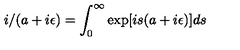
i / ( a + i \epsilon ) = \int _ { 0 } ^ { \infty } \exp [ i s ( a + i \epsilon ) ] d s